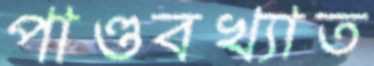
পাণ্ডবখ্যাত